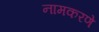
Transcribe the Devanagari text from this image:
नामकरणे